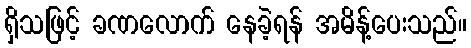
ရှိသဖြင့် ခဏလောက် နေခဲ့ရန် အမိန့်ပေးသည်။